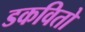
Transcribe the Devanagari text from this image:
डकवितो